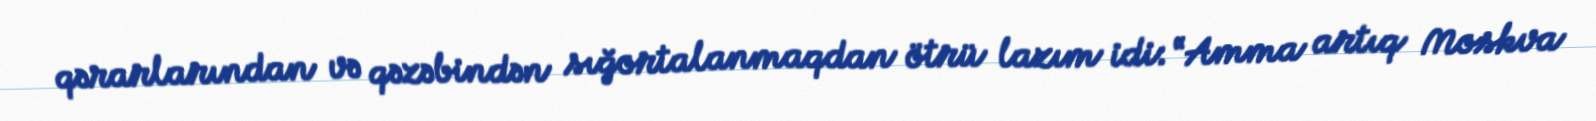
qərarlarından və qəzəbindən sığortalanmaqdan ötrü lazım idi: “Amma artıq Moskva